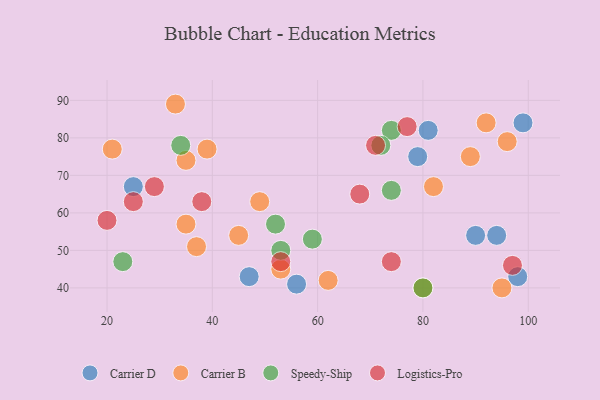
{"axis": {"x": "GDP", "y": "Life Expectancy"}, "legend": ["Carrier B", "Carrier D", "Logistics-Pro", "Speedy-Ship"], "data": [{"x": "25", "y": 67, "type": "Carrier D"}, {"x": "99", "y": 84, "type": "Carrier D"}, {"x": "79", "y": 75, "type": "Carrier D"}, {"x": "94", "y": 54, "type": "Carrier D"}, {"x": "98", "y": 43, "type": "Carrier D"}, {"x": "81", "y": 82, "type": "Carrier D"}, {"x": "56", "y": 41, "type": "Carrier D"}, {"x": "90", "y": 54, "type": "Carrier D"}, {"x": "47", "y": 43, "type": "Carrier D"}, {"x": "92", "y": 84, "type": "Carrier B"}, {"x": "21", "y": 77, "type": "Carrier B"}, {"x": "62", "y": 42, "type": "Carrier B"}, {"x": "96", "y": 79, "type": "Carrier B"}, {"x": "53", "y": 45, "type": "Carrier B"}, {"x": "45", "y": 54, "type": "Carrier B"}, {"x": "35", "y": 74, "type": "Carrier B"}, {"x": "37", "y": 51, "type": "Carrier B"}, {"x": "35", "y": 57, "type": "Carrier B"}, {"x": "80", "y": 40, "type": "Carrier B"}, {"x": "33", "y": 89, "type": "Carrier B"}, {"x": "95", "y": 40, "type": "Carrier B"}, {"x": "89", "y": 75, "type": "Carrier B"}, {"x": "39", "y": 77, "type": "Carrier B"}, {"x": "82", "y": 67, "type": "Carrier B"}, {"x": "49", "y": 63, "type": "Carrier B"}, {"x": "74", "y": 82, "type": "Speedy-Ship"}, {"x": "53", "y": 50, "type": "Speedy-Ship"}, {"x": "52", "y": 57, "type": "Speedy-Ship"}, {"x": "59", "y": 53, "type": "Speedy-Ship"}, {"x": "34", "y": 78, "type": "Speedy-Ship"}, {"x": "72", "y": 78, "type": "Speedy-Ship"}, {"x": "74", "y": 66, "type": "Speedy-Ship"}, {"x": "23", "y": 47, "type": "Speedy-Ship"}, {"x": "80", "y": 40, "type": "Speedy-Ship"}, {"x": "38", "y": 63, "type": "Logistics-Pro"}, {"x": "29", "y": 67, "type": "Logistics-Pro"}, {"x": "77", "y": 83, "type": "Logistics-Pro"}, {"x": "74", "y": 47, "type": "Logistics-Pro"}, {"x": "20", "y": 58, "type": "Logistics-Pro"}, {"x": "25", "y": 63, "type": "Logistics-Pro"}, {"x": "97", "y": 46, "type": "Logistics-Pro"}, {"x": "71", "y": 78, "type": "Logistics-Pro"}, {"x": "53", "y": 47, "type": "Logistics-Pro"}, {"x": "68", "y": 65, "type": "Logistics-Pro"}]}